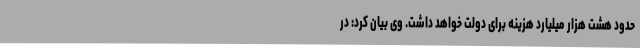
حدود هشت هزار میلیارد هزینه برای دولت خواهد داشت. وی بیان کرد: در